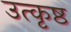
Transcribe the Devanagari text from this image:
उत्‍कृष्ठ